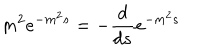
LaTeX: m ^ { 2 } e ^ { - m ^ { 2 } s } = - { \frac { d } { d s } } e ^ { - m ^ { 2 } s } ~ ~ ~